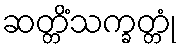
ဆတ္တိံသက္ခတ္တုံ